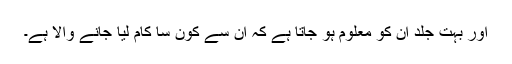
اور بہت جلد ان کو معلوم ہو جاتا ہے کہ ان سے کون سا کام لیا جانے والا ہے۔